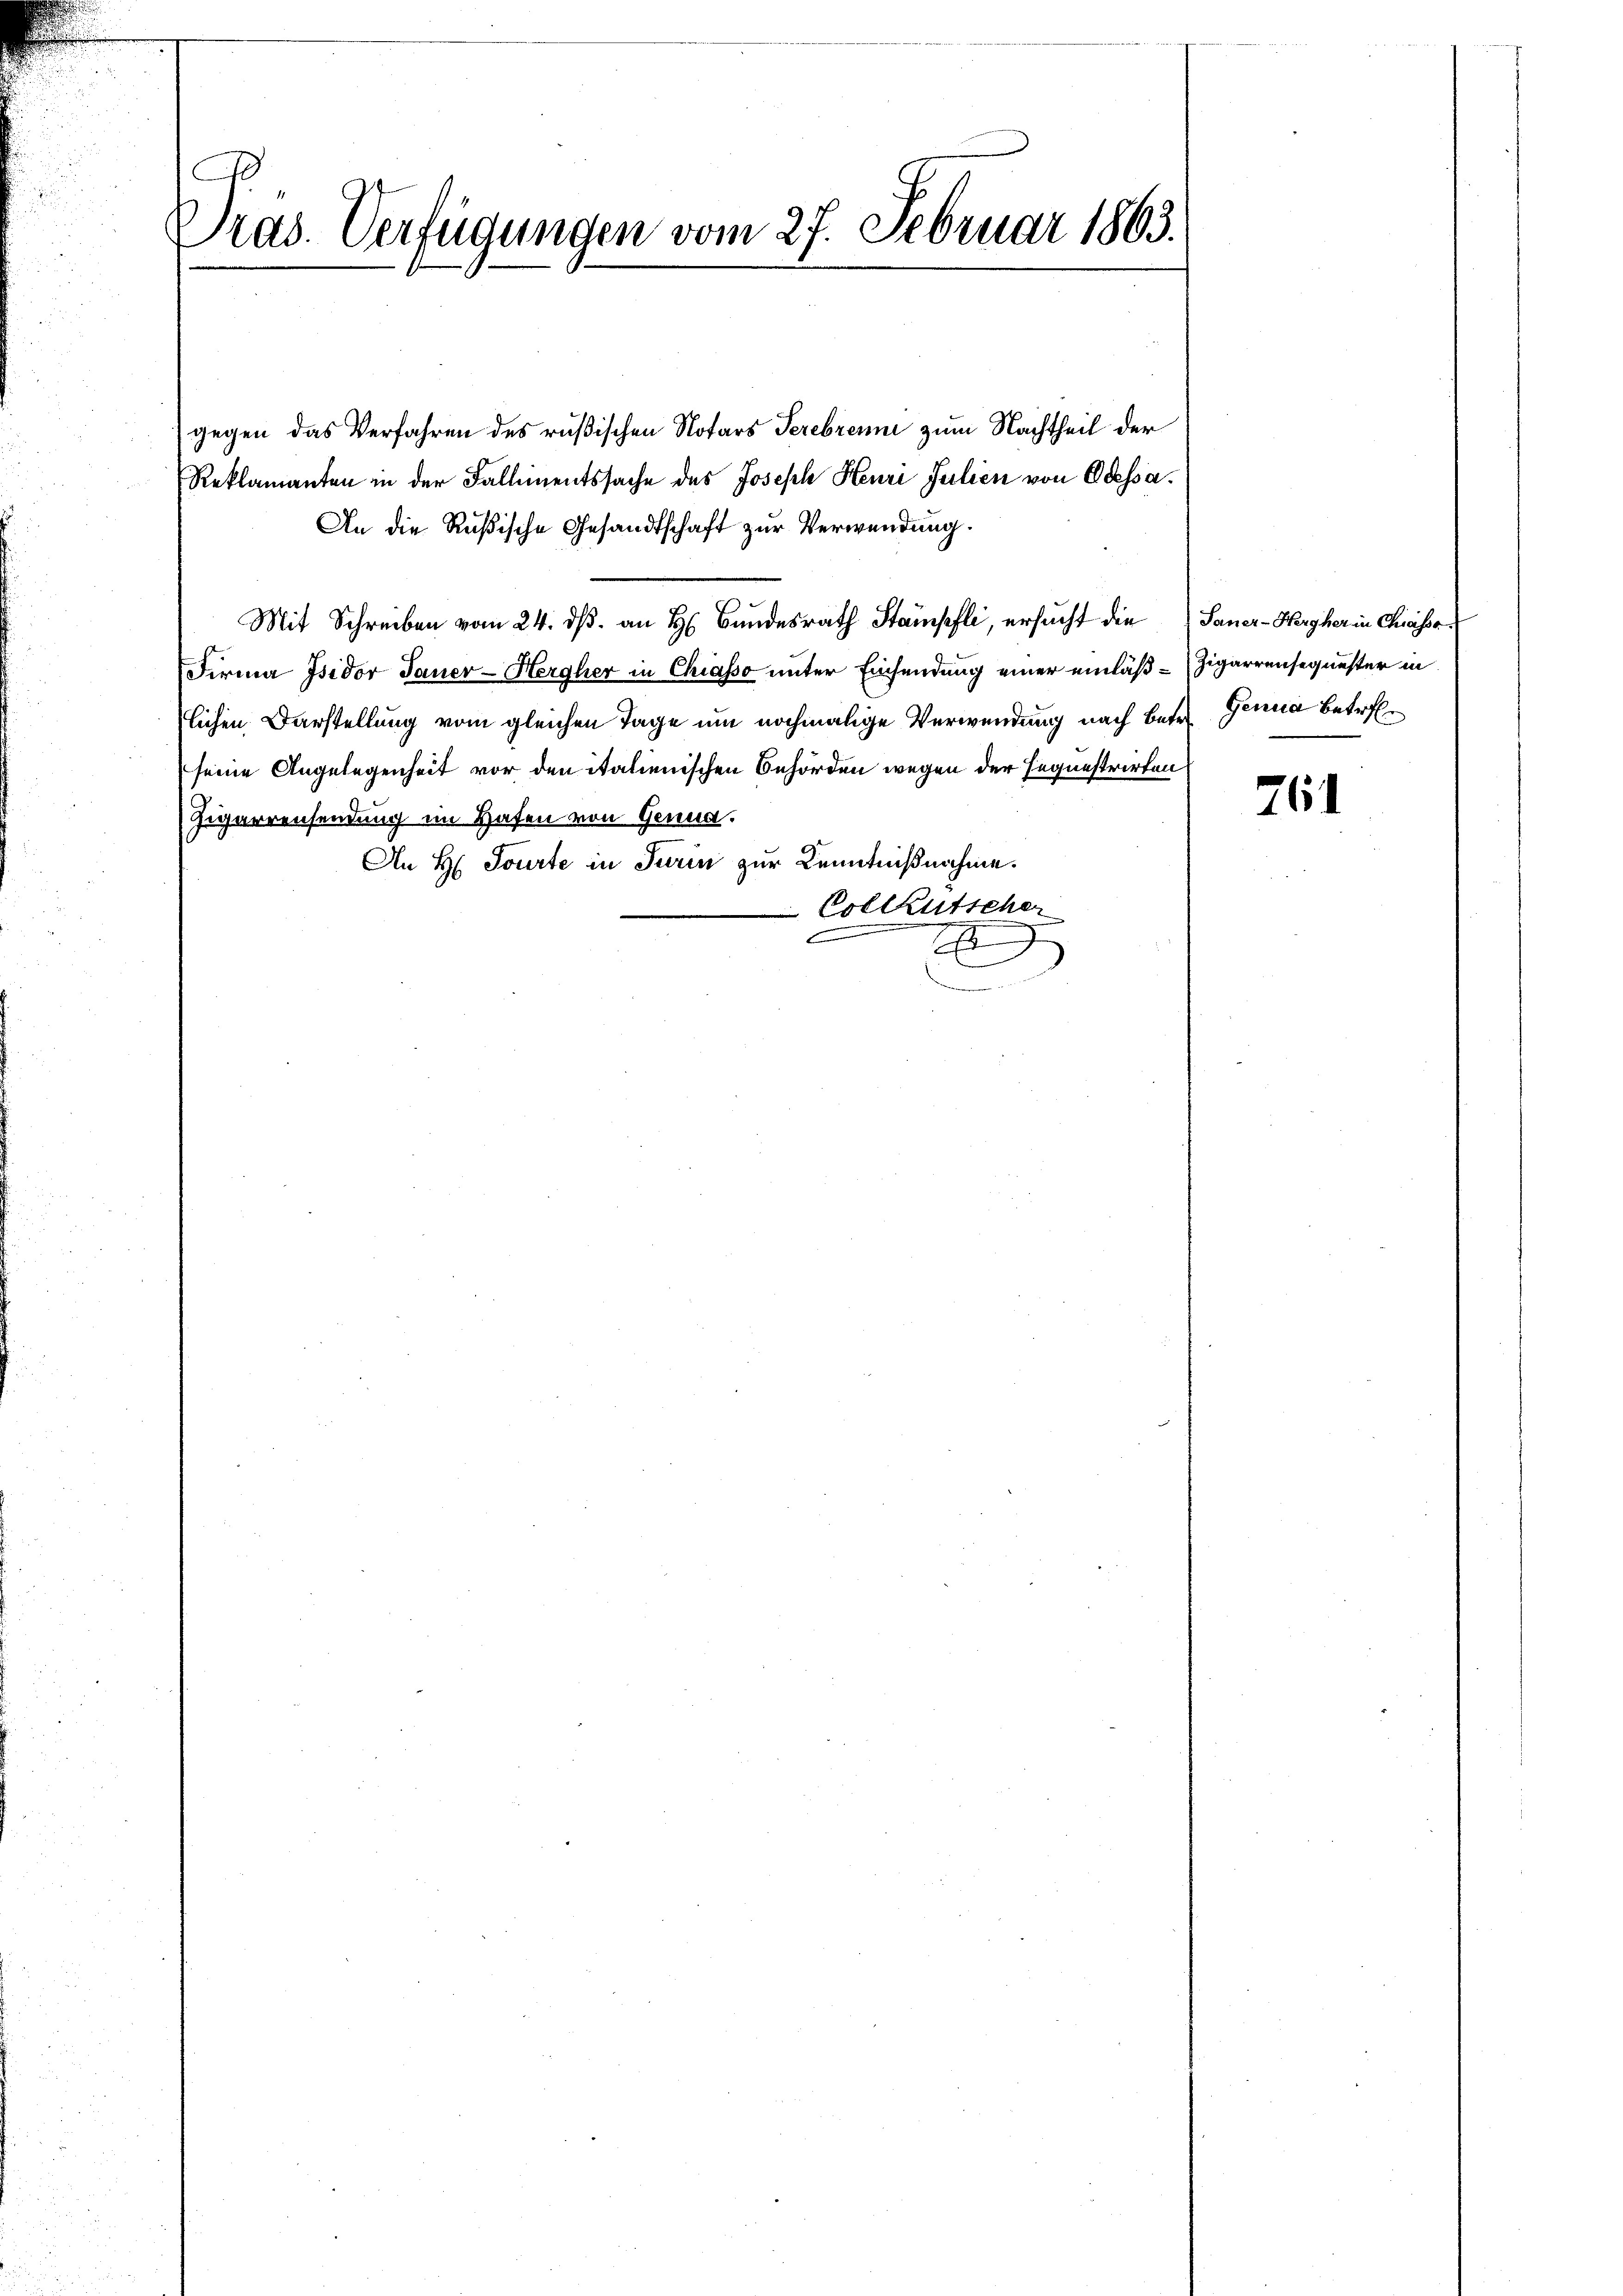
Pras. Verfügungen vom 27. Februar 1863.

gegen das Verfahren des rußischen Notars Terebrenni zum Nachtheil der
Reklamanten in der Fallimentssache des Joseph Henri Julien von Odessa¬
An die Rußische Gesandtschaft zur Verwendung.
Mit Schreiben vom 24. dβ an H. Bŭndesrath Stämpfli, ersŭcht die Sauer-Hergher in Chiassa¬
Firma Isidor Janer-Hergher in Chiasso unter Einsendung einer einläß-Zigarrensequester in
lichen Darstellung vom gleichen Tage um nochmalige Verwendung nach betr. Genua betrefseine Angelegenheit vor den italienischen Behörden wegen der Sequestrirten
Zigarrensendung im Hafen von Genua.
An H. Tourte in Turin zur Kenntnißnahme.
Collkutscher
2

761